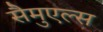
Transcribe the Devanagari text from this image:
सैमुएल्स